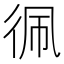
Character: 𮱼